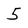
Character: 5